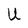
Character: U